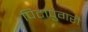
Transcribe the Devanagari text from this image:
पिटापुंगरी